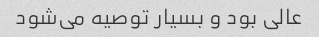
عالی بود و بسیار توصیه می‌شود